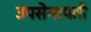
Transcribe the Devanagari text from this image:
उपसेनापती